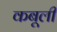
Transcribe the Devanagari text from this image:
कबूली